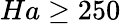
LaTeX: Ha\geq 250